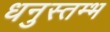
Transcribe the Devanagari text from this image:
धनुस्तम्भ